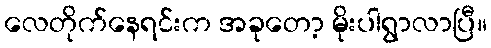
လေတိုက်နေရင်းက အခုတော့ မိုးပါရွာလာပြီ။